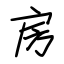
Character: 房